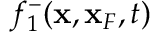
f _ { 1 } ^ { - } ( { \bf x } , { \bf x } _ { F } , t )